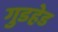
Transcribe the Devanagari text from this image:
गुडहेड